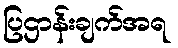
ပြဌာန်းချက်အရ